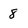
Character: 8